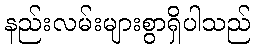
နည်းလမ်းများစွာရှိပါသည်